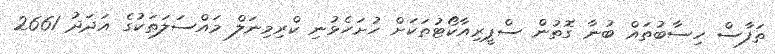
ތަފާސް ހިސާބުތައް ބުނާ ގޮތުން ސްޕީރިއާކޯޓުތަކަށް ހުށަހެޅުނި ކްރިމިނަލް މައްސަލަތަކުގެ އަދަދު 2661